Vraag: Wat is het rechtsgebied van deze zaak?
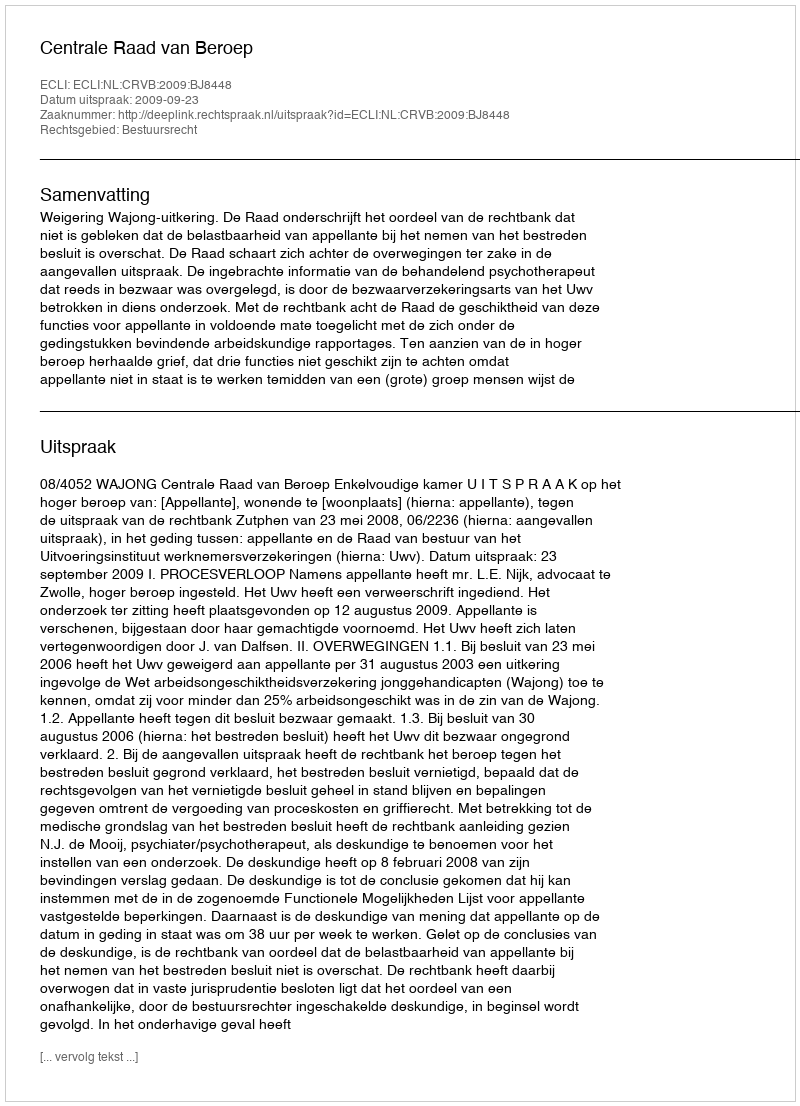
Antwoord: Bestuursrecht